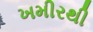
ખમીરથી